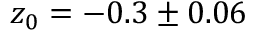
z _ { 0 } = - 0 . 3 \pm 0 . 0 6